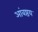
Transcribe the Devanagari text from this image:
आंबष्ठय